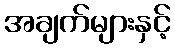
အချက်များနှင့်